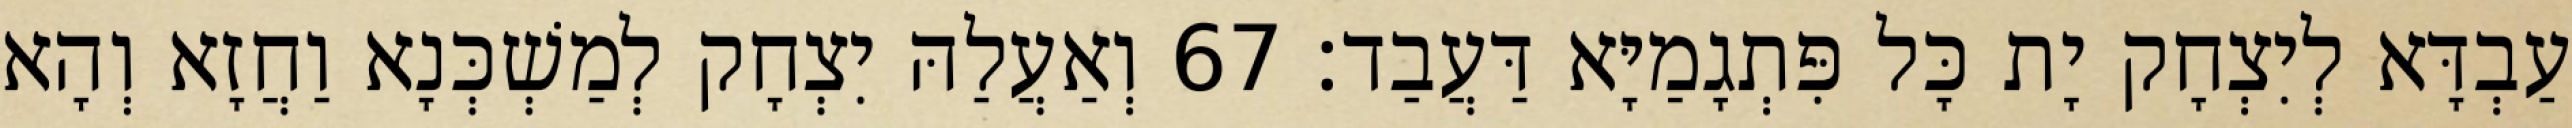
עַבְדָּא לְיִצְחָק יָת כָּל פִּתְגָמַיָּא דַּעֲבַד׃ 67 וְאַעֲלַהּ יִצְחָק לְמַשְׁכְּנָא וַחֲזָא וְהָא